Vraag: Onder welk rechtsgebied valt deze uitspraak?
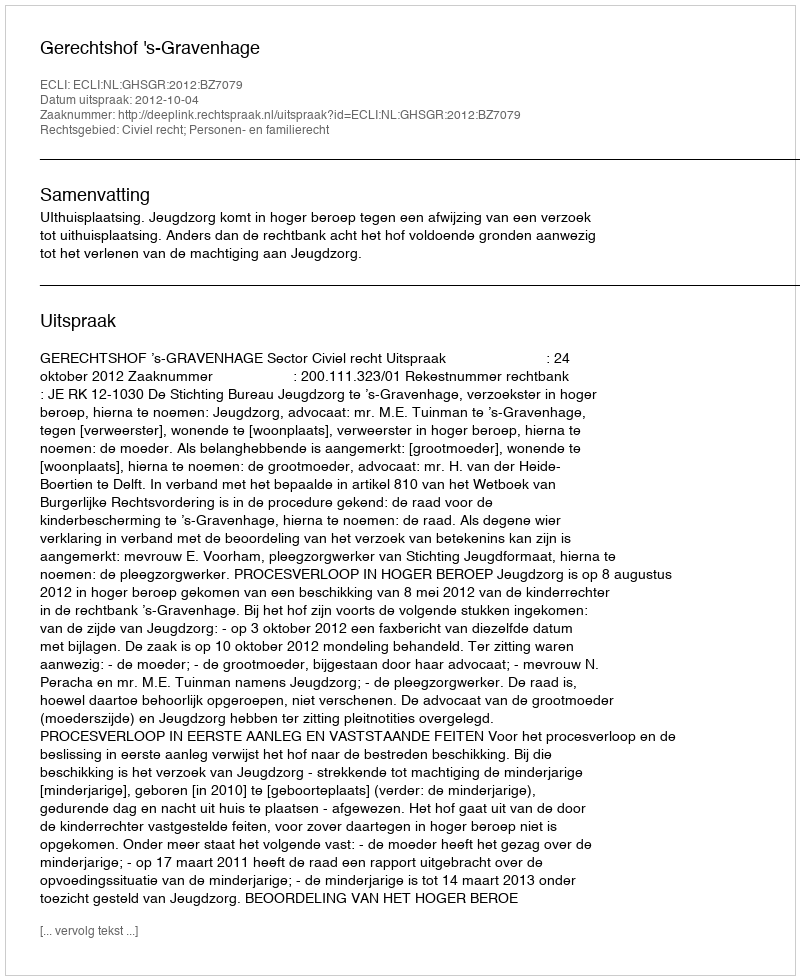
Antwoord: Civiel recht; Personen- en familierecht